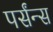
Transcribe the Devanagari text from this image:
पर्संन्स